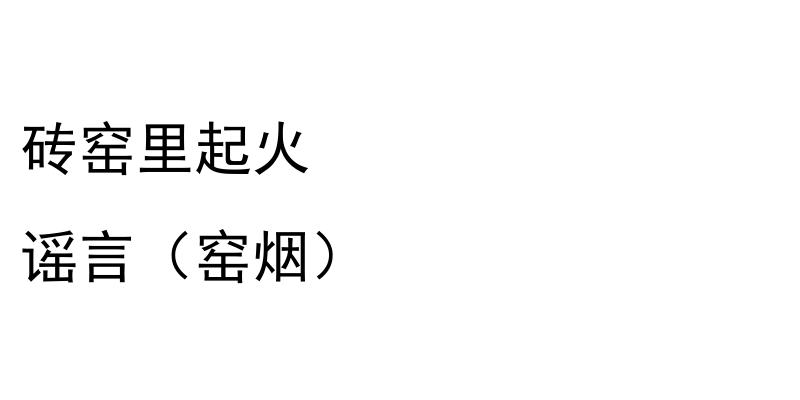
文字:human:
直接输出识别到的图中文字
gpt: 砖窑里起火 谣言（窑烟）